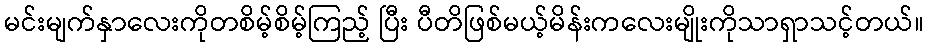
မင်းမျက်နှာလေးကိုတစိမ့်စိမ့်ကြည့် ပြီး ပီတိဖြစ်မယ့်မိန်းကလေးမျိုးကိုသာရှာသင့်တယ်။